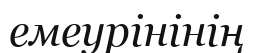
емеурінінің